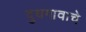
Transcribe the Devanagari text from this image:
दुधगावाचे